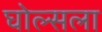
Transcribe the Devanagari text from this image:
घोल्सला